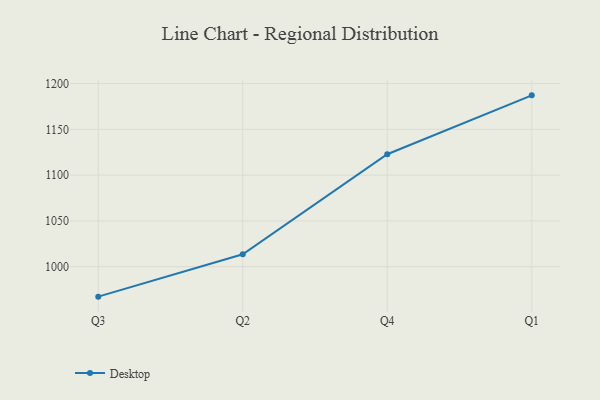
{"axis": {"x": "Quarter", "y": "Budget (USD K)"}, "legend": ["Desktop"], "data": [{"x": "Q3", "y": 967.3, "type": "Desktop"}, {"x": "Q2", "y": 1013.6, "type": "Desktop"}, {"x": "Q4", "y": 1122.8, "type": "Desktop"}, {"x": "Q1", "y": 1187.1, "type": "Desktop"}]}